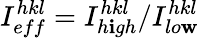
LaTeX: I_{eff}^{hkl}=I_{h\mathbf{i}gh}^{hkl}/I_{lo\mathbf{w}}^{hkl}